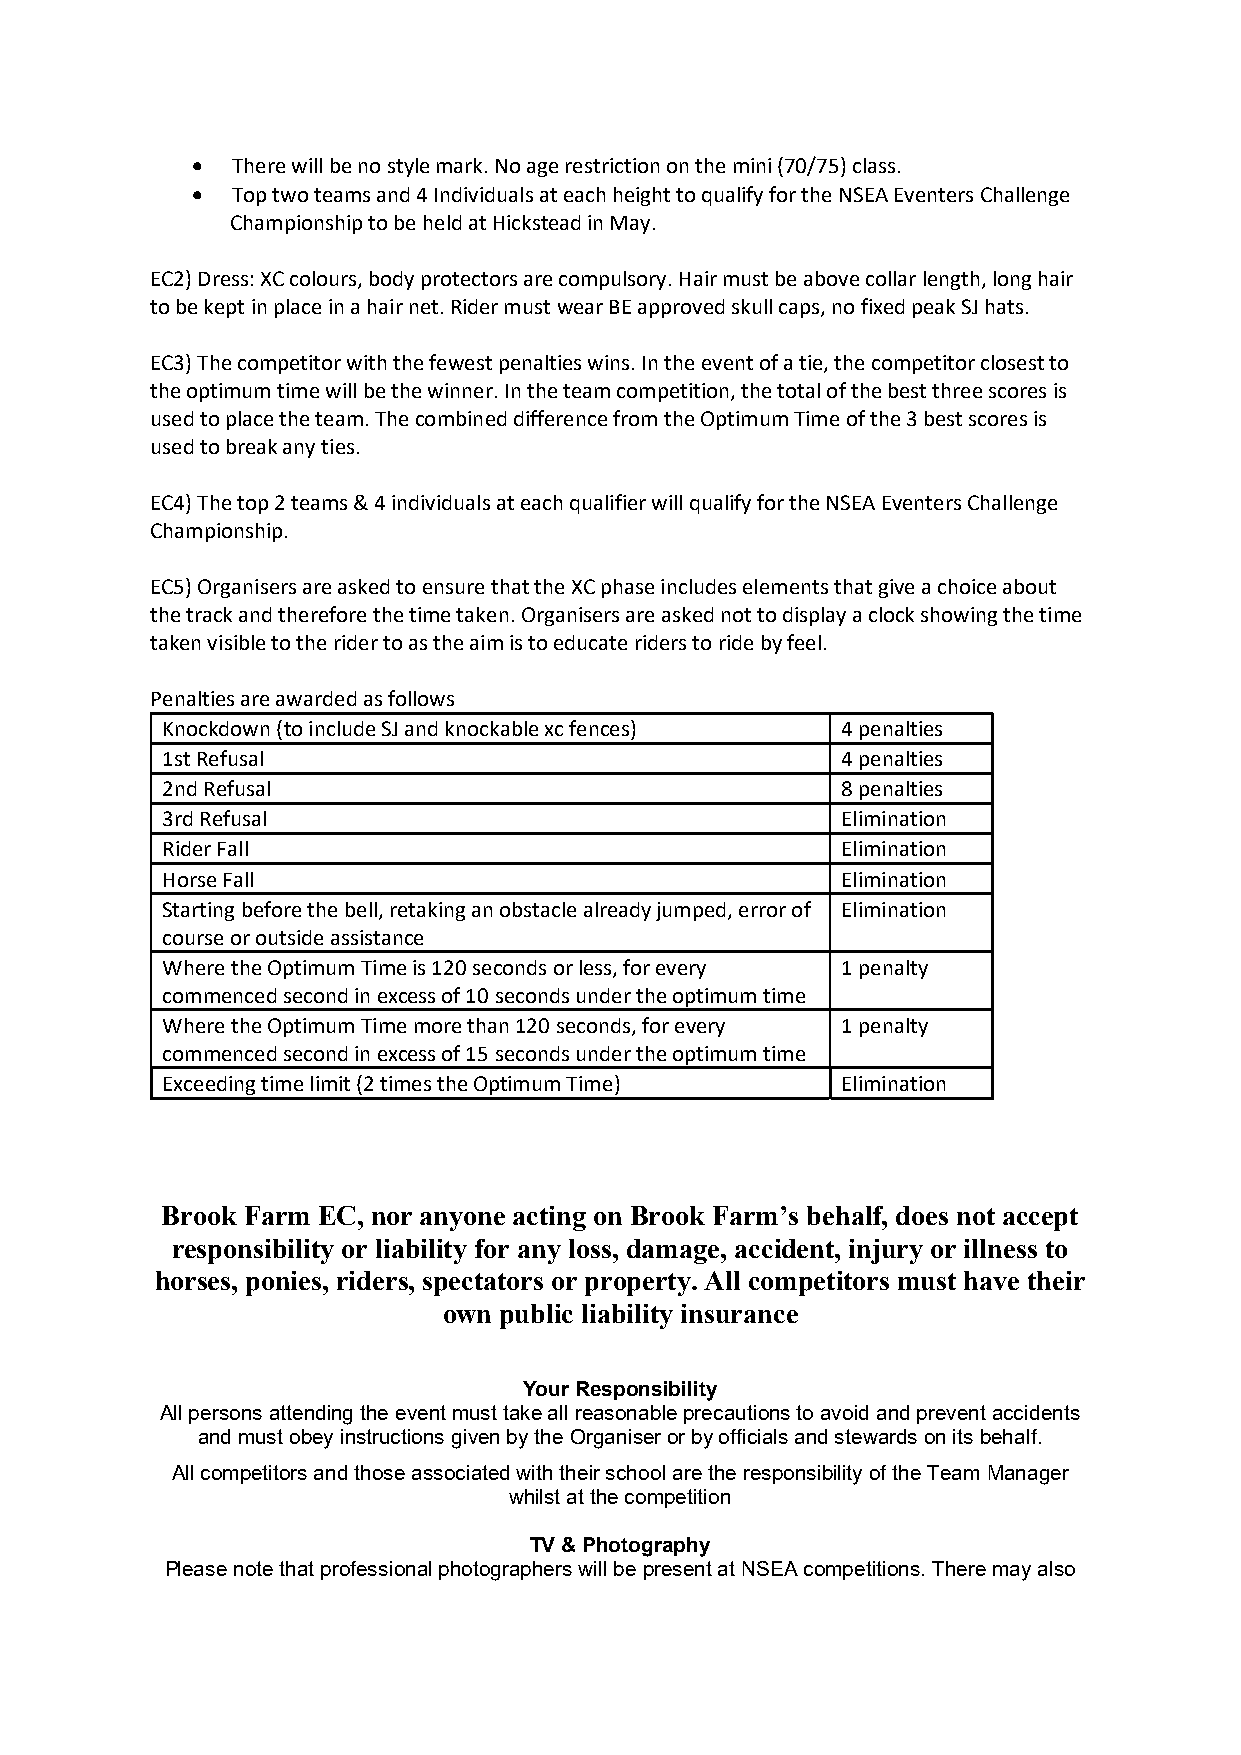
 There will be no style mark. No age restriction on the mini (70/75) class.
  Top two teams and 4 Individuals at each height to qualify for the NSEA Eventers Challenge
 Championship to be held at Hickstead in May.
 EC2) Dress: XC colours, body protectors are compulsory. Hair must be above collar length, long hair
 to be kept in place in a hair net. Rider must wear BE approved skull caps, no fixed peak SJ hats.
 EC3) The competitor with the fewest penalties wins. In the event of a tie, the competitor closest to
 the optimum time will be the winner. In the team competition, the total of the best three scores is
 used to place the team. The combined difference from the Optimum Time of the 3 best scores is
 used to break any ties.
 EC4) The top 2 teams & 4 individuals at each qualifier will qualify for the NSEA Eventers Challenge
 Championship.
 EC5) Organisers are asked to ensure that the XC phase includes elements that give a choice about
 the track and therefore the time taken. Organisers are asked not to display a clock showing the time
 taken visible to the rider to as the aim is to educate riders to ride by feel.
 Penalties are awarded as follows
 Knockdown (to include SJ and knockable xc fences) 4 penalties
 1st Refusal                                  4 penalties
 2nd Refusal                                  8 penalties
 3rd Refusal                                  Elimination
 Rider Fall                                   Elimination
 Horse Fall                                   Elimination
 Starting before the bell, retaking an obstacle already jumped, error of Elimination
 course or outside assistance
 Where the Optimum Time is 120 seconds or less, for every 1 penalty
 commenced second in excess of 10 seconds under the optimum time
 Where the Optimum Time more than 120 seconds, for every 1 penalty
 commenced second in excess of 15 seconds under the optimum time
 Exceeding time limit (2 times the Optimum Time) Elimination
 Brook Farm EC, nor anyone acting on Brook Farm’s behalf, does not accept
 responsibility or liability for any loss, damage, accident, injury or illness to
 horses, ponies, riders, spectators or property. All competitors must have their
 own public liability insurance
 Your Responsibility
 All persons attending the event must take all reasonable precautions to avoid and prevent accidents
 and must obey instructions given by the Organiser or by officials and stewards on its behalf.
 All competitors and those associated with their school are the responsibility of the Team Manager
 whilst at the competition
 TV & Photography
 Please note that professional photographers will be present at NSEA competitions. There may also